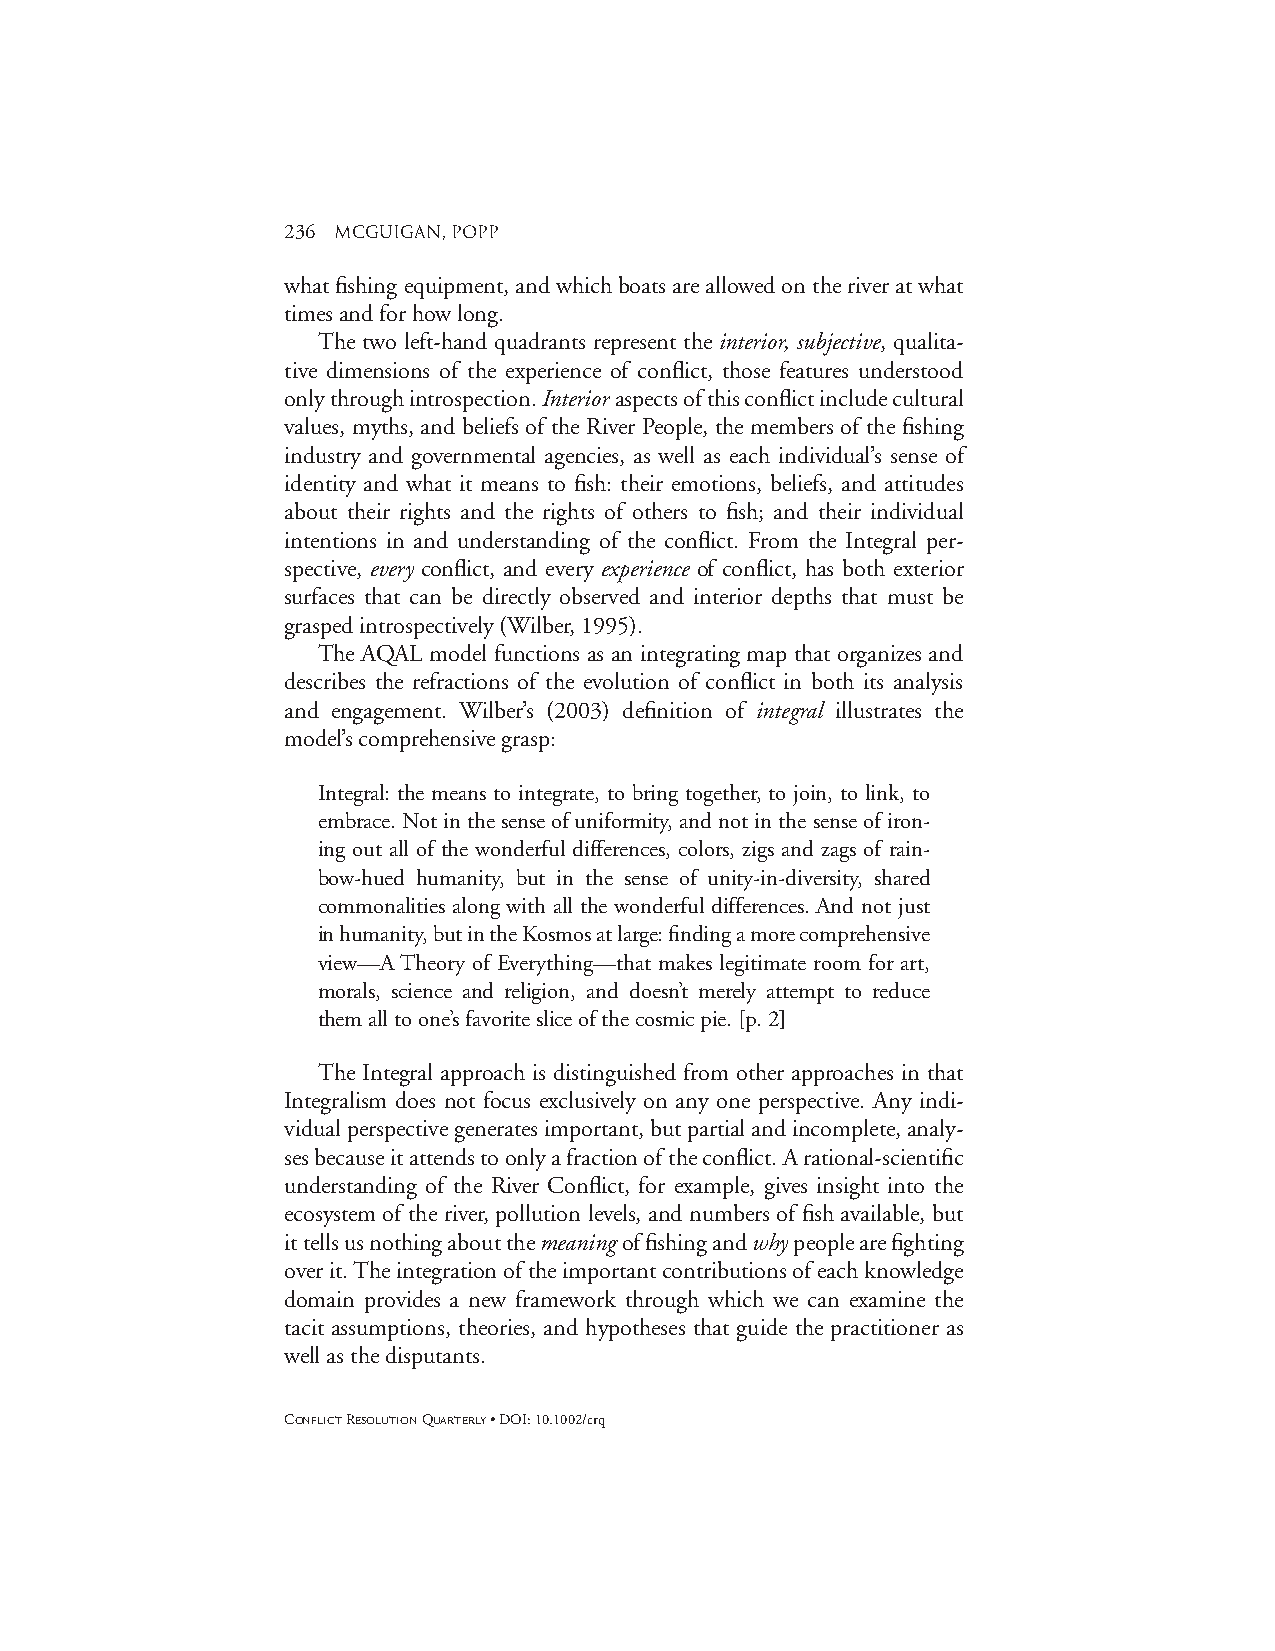
236 mcguigan, popp
 what fishing equipment, and which boats are allowed on the river at what
 times and for how long.
 The two left-hand quadrants represent the interior, subjective, qualita-
 tive dimensions of the experience of conflict, those features understood
 only through introspection. Interioraspects of this conflict include cultural
 values, myths, and beliefs of the River People, the members of the fishing
 industry and governmental agencies, as well as each individual’s sense of
 identity and what it means to fish: their emotions, beliefs, and attitudes
 about their rights and the rights of others to fish; and their individual
 intentions in and understanding of the conflict. From the Integral per-
 spective, every conflict, and every experience of conflict, has both exterior
 surfaces that can be directly observed and interior depths that must be
 grasped introspectively (Wilber, 1995).
 The AQAL model functions as an integrating map that organizes and
 describes the refractions of the evolution of conflict in both its analysis
 and engagement. Wilber’s (2003) definition of integral illustrates the
 model’s comprehensive grasp:
 Integral: the means to integrate, to bring together, to join, to link, to
 embrace. Not in the sense of uniformity, and not in the sense of iron-
 ing out all of the wonderful differences, colors, zigs and zags of rain-
 bow-hued humanity, but in the sense of unity-in-diversity, shared
 commonalities along with all the wonderful differences. And not just
 in humanity, but in the Kosmos at large: finding a more comprehensive
 view—A Theory of Everything—that makes legitimate room for art,
 morals, science and religion, and doesn’t merely attempt to reduce
 them all to one’s favorite slice of the cosmic pie. [p. 2]
 The Integral approach is distinguished from other approaches in that
 Integralism does not focus exclusively on any one perspective. Any indi-
 vidual perspective generates important, but partial and incomplete, analy-
 ses because it attends to only a fraction of the conflict. A rational-scientific
 understanding of the River Conflict, for example, gives insight into the
 ecosystem of the river, pollution levels, and numbers of fish available, but
 it tells us nothing about the meaningof fishing and whypeople are fighting
 over it. The integration of the important contributions of each knowledge
 domain provides a new framework through which we can examine the
 tacit assumptions, theories, and hypotheses that guide the practitioner as
 well as the disputants.
 CONFLICTRESOLUTIONQUARTERLY• DOI: 10.1002/crq